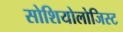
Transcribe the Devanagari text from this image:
सोशियोलोजिस्ट